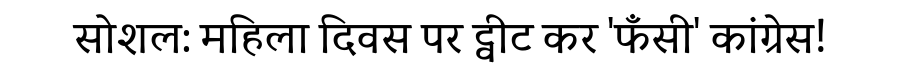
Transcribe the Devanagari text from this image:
सोशल: महिला दिवस पर ट्वीट कर 'फँसी' कांग्रेस!